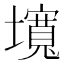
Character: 𡒵